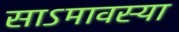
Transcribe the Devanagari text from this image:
साऽमावस्या